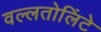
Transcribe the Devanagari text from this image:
वल्लतोलिंटे